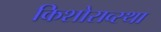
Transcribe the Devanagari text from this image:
किशोराव्स्था